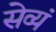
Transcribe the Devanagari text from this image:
सेव्यं